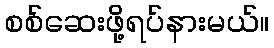
စစ်ဆေးဖို့ရပ်နားမယ်။